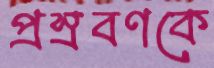
প্রস্রবণকে